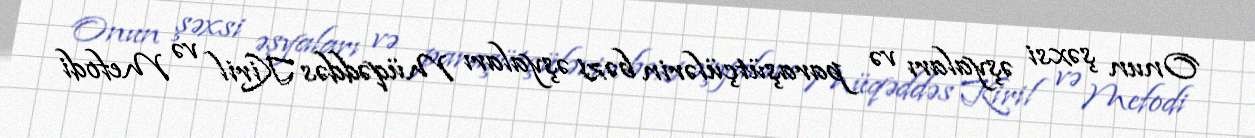
Onun şəxsi əşyaları və paraşütçülərin bəzi əşyaları Müqəddəs Kiril və Mefodi